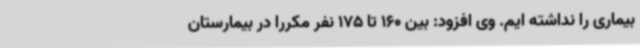
بیماری را نداشته ایم. وی افزود: بین 160 تا 175 نفر مکررا در بیمارستان